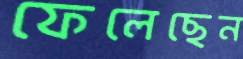
ফেলেছেন